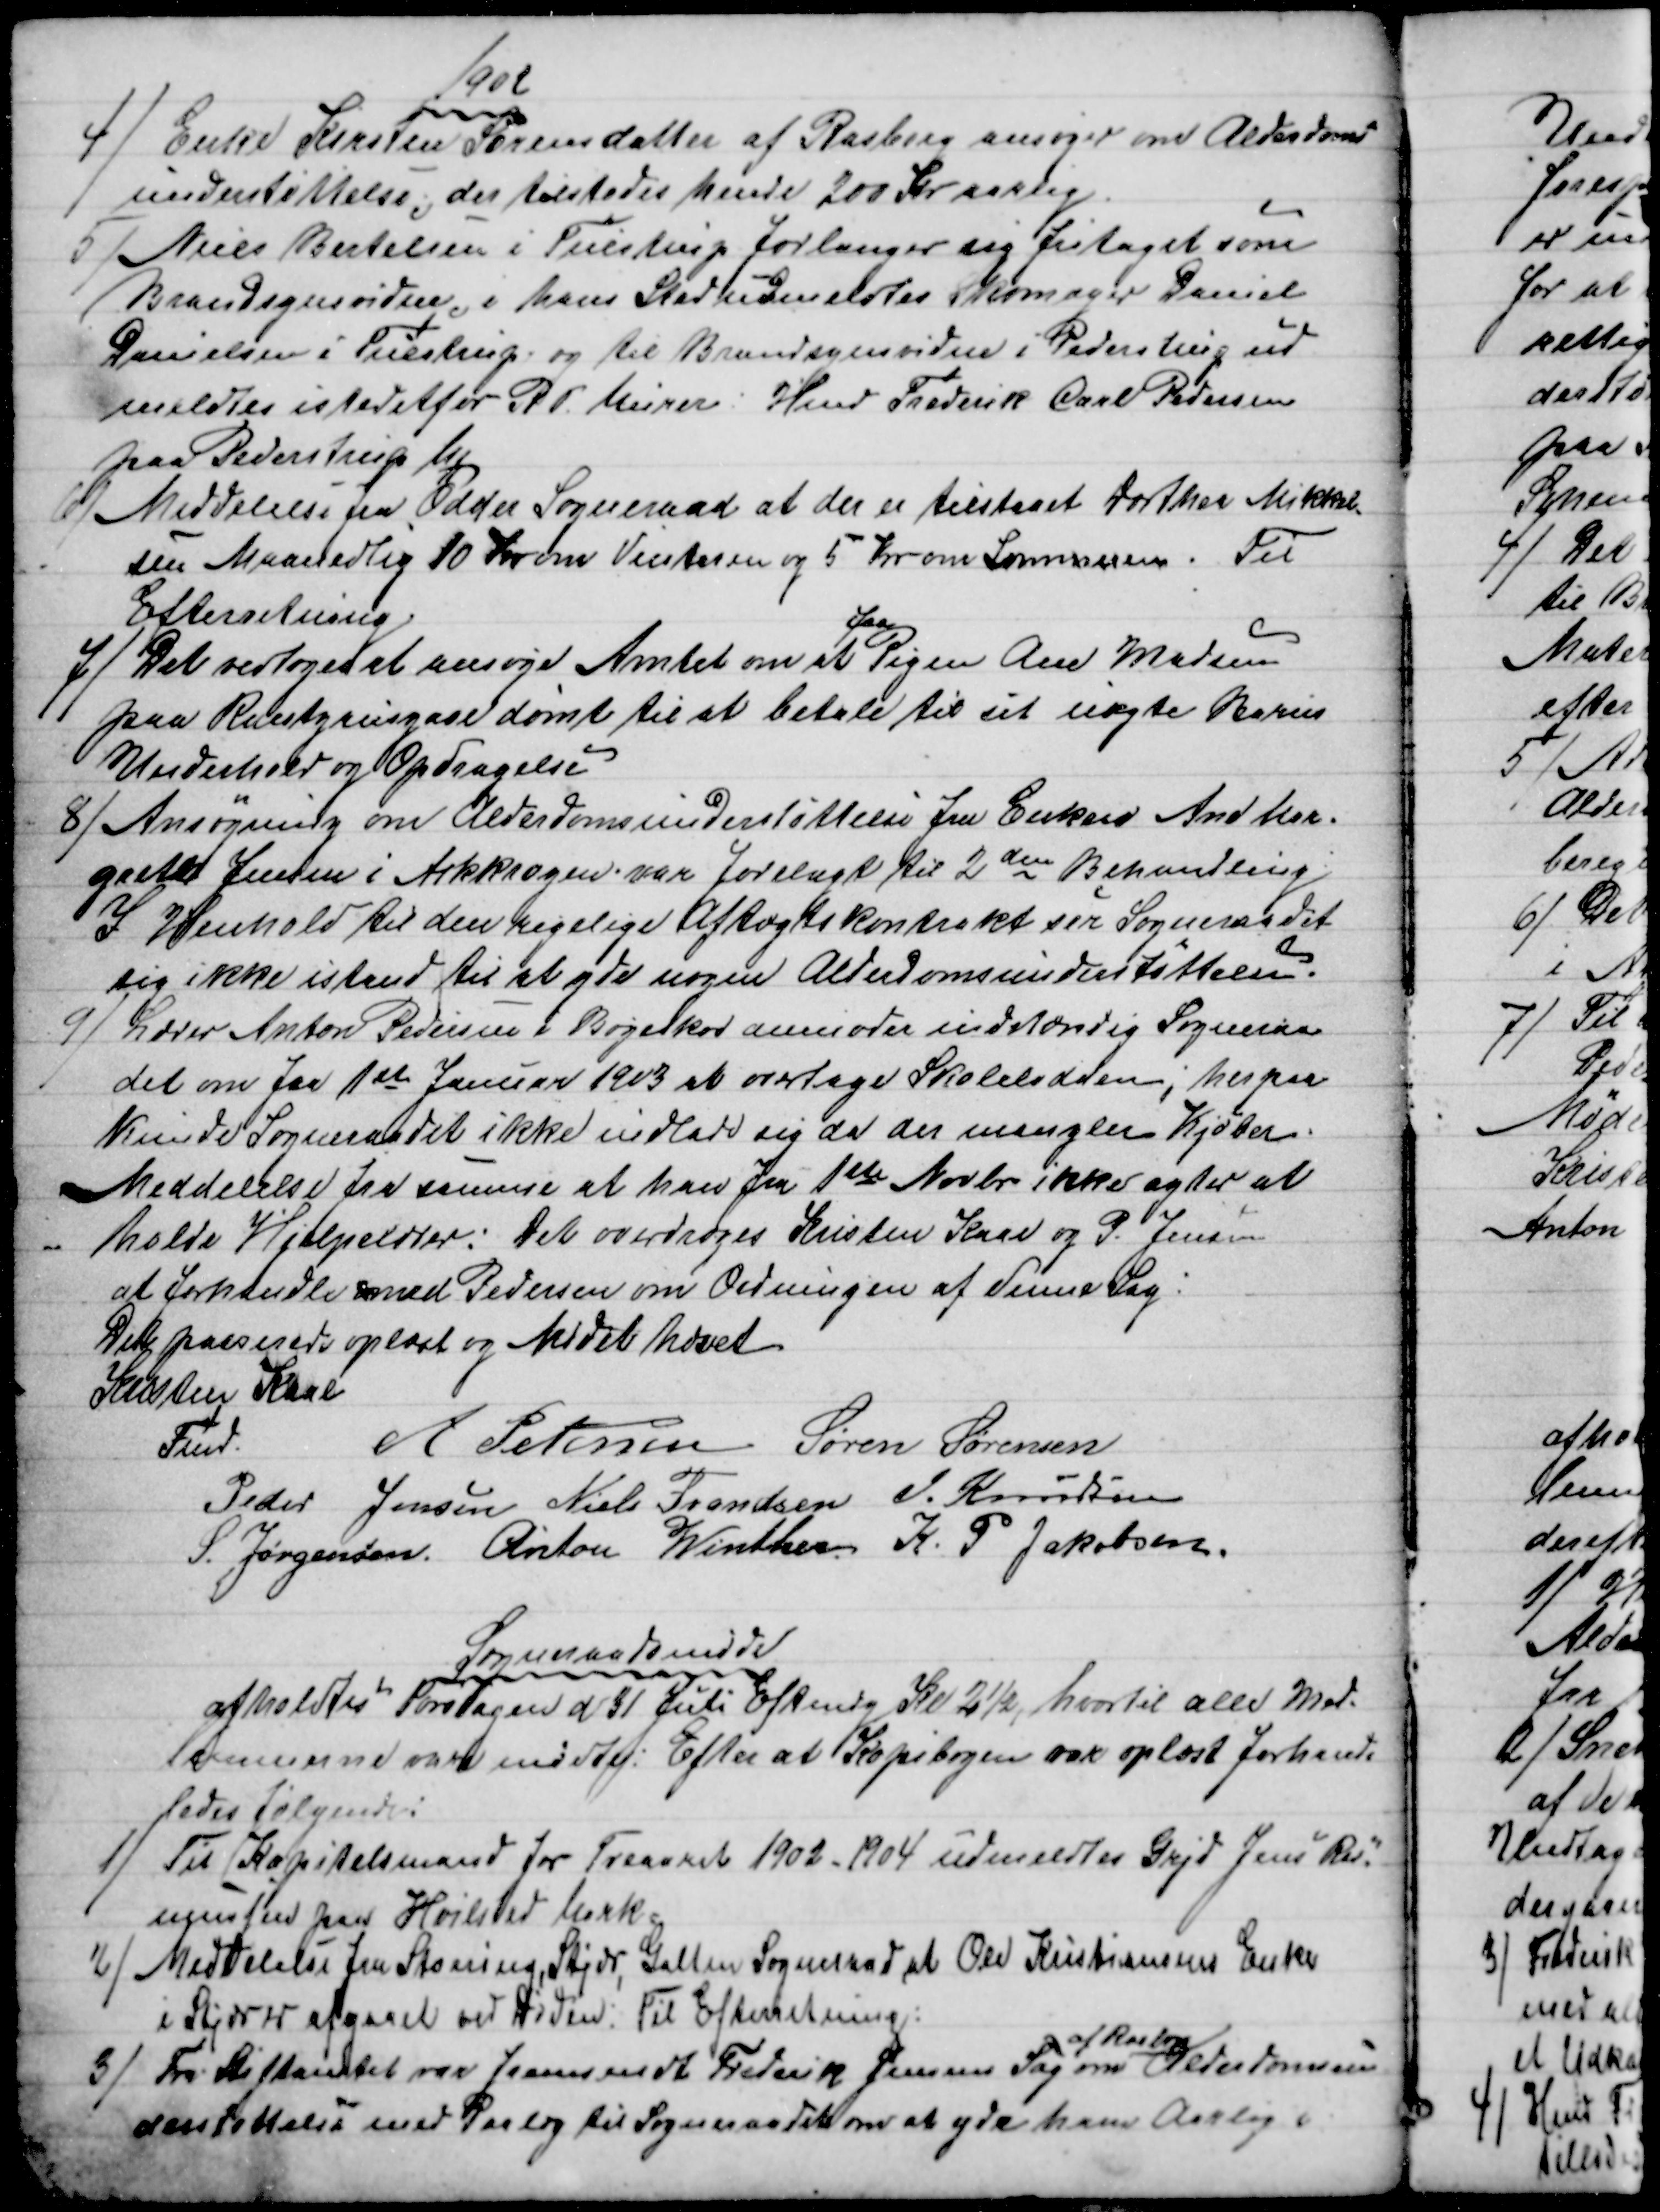
Transskription:
1902
4) 
Enke Kirsten Sørensdatter af Rasborg ansøger om Alderdoms=
understøttelse; der tilstodes hende 200 Kr aarlig.
5)
Niels Bertelsen i Tulstrup forlanger sig fritaget som
Brandsynsvidne, i hans Sted udmeldtes Skomager Daniel
Danielsen i Tulstrup og til Brandsynsvidne i Pederstrup ud
meldtes istedetfor R. P. Murer: Hmd Frederik Carl Pedersen
paa Pederstrup Mk
6)
Meddelelse fra Odder Sogneraad at der er tilstaaet Dorthea Mikkel=
sen Maanedlig 10 Kroner om Vinteren og 5 Kr om Sommeren. Til
Efterretning
7) 
Det vedtoges at ansøge Amtet om at 
faa
Pigen Ane Madsen
på Rantzausgave dømt til at betale til sit uægte Barns
Underhold og Opdragelse
8) Ansøgning om Alderdomsunderstøttelse fra Enken Ane Mar=
grethe Jensen i Askkrogen var forelagt til 2den Behandling.
I Henhold til den rigelige Aftægtskontrakt ser Sogneraadet
sig ikke istand til at yde nogen Alderdomsunderstøttelse.
9)
Lærer Anton Pedersen i Bøgeskov anmoder indstændig Sogneraa=
det om fra 1ste Januar 1903 at overtage Skolelodden, herpaa
kunde Sogneraadet ikke indlade sig da der mangler Kjøber.
Meddelelse fra samme at han fra 1ste Novbr ikke agter at
holde Hjælpelærer: Det overdroges Kristen Kaae og P. Jensen
at forhandle med Pedersen om Ordningen af denne Sag:
Dette passerede oplæst og Mødet hævet
Kristen Kaae 
Fmd.
A Petersen Søren Sørensen
Peder Jensen Niels Frandsen J. Knudsen
S. Jørgensen Anton Winther K. P. Jakobsen
Sogneraadsmøde
afholdtes Torsdagen d 31 Juli Eftmdg Kl 2½, hvortil alle Med-
lemmerne var mødte. Efter at Kopibogen var oplæst forhand=
ledes følgende:
1) 
Til Kapitelsmand for Treaaret 1902 -1904 udmeldtes Grdj Jens Ras-
mussen paa Hvilsted Mark
2)
Meddelelse fra Storring, Stjær, Galten Sogneraad, at Ole Kristiansens Enke
i Stjær er afgaaet ved Døden. Til Efterretning.
3) 
Fra Stiftamtet var fremsendt Frederik Jensens Sag 
af Rasborg
om Alderdomsun
derstøttelse med Paalæg til Sogneraadet om at yde ham Aarlig i